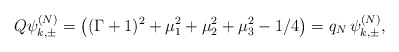
\begin{align*} Q\psi_{k,\pm}^{(N)}=\left((\Gamma+1)^2+\mu_1^2+\mu_2^2+\mu_3^2-1/4\right)=q_{N}\,\psi_{k,\pm}^{(N)},\end{align*}